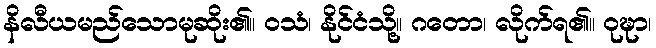
နိလီယမည်သောမုဆိုး၏။ ဝသံ၊ နိုင်ငံသို့။ ဂတော၊ လိုက်ရ၏။ ဝုဍ္ဎာ၊